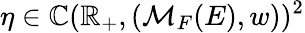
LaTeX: \eta\in\mathbb{C}(\mathbb{{R}}_{+},(\mathcal{{M}}_{F}(E),w))^{2}